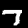
Digit: 7